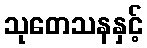
သုတေသနနှင့်